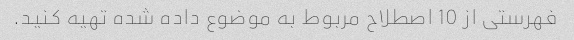
فهرستی از 10 اصطلاح مربوط به موضوع داده شده تهیه کنید.